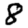
Digit: 8